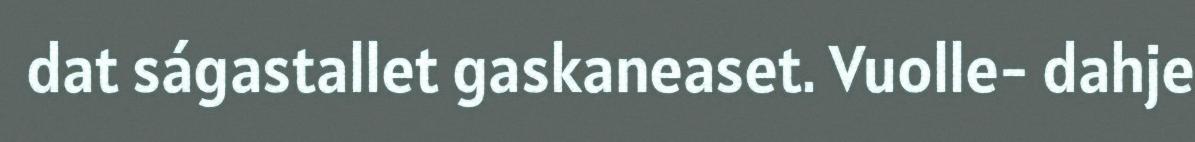
dat ságastallet gaskaneaset. Vuolle- dahje